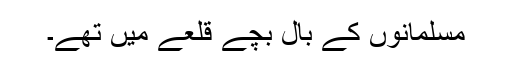
مسلمانوں کے بال بچے قلعے میں تھے۔